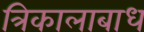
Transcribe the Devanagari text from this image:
त्रिकालाबाध